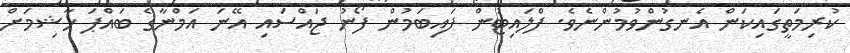
ކުރިމަތީގައިކަން އެނގުންވުމުންނެވެ. ފްލައިޓުން ފައިބަމުން ފޯނު ޖައްސައި އޭނަ އަމްނާގެ ބައްޕަ ހާޝިމަށް